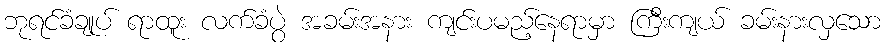
ဘုရင်ခံချုပ် ရာထူး လက်ခံပွဲ အခမ်းအနား ကျင်းပမည့်နေရာမှာ ကြီးကျယ် ခမ်းနားလှသော